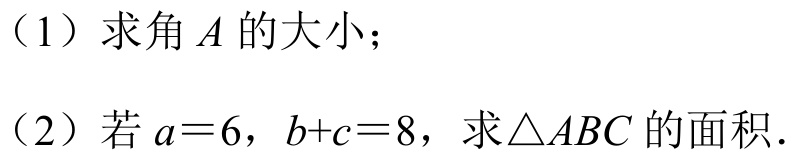
（1）求角\(A\)的大小；
（2）若\(a = 6\)，\(b + c = 8\)，求\(\triangle ABC\)的面积.